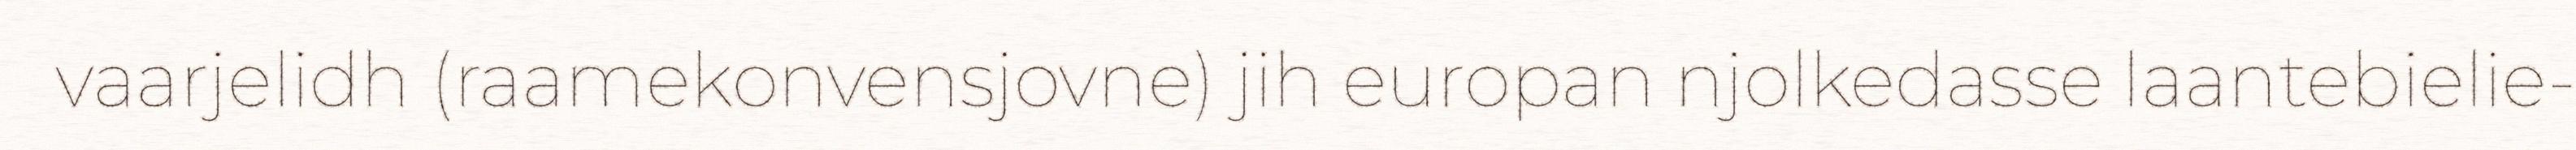
vaarjelidh (raamekonvensjovne) jih europan njolkedasse laantebielie-